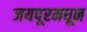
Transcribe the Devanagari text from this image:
जयपूरमधून